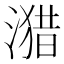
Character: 𰜻